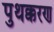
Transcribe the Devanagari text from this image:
पुथक्करण